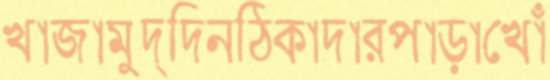
খাজামুদ্দিনঠিকাদারপাড়াখোঁ